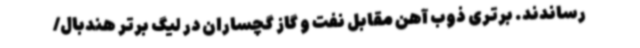
رساندند. برتری ذوب آهن مقابل نفت و گاز گچساران در لیگ برتر هندبال/